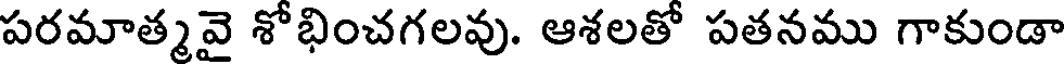
పరమాత్మవై శోభించగలవు. ఆశలతో పతనము గాకుండా